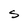
Character: S